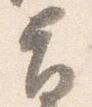
旨